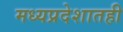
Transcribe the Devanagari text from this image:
मध्यप्रदेशातही